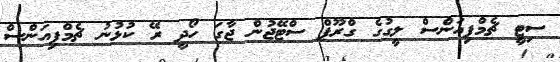
ސިޓީ ޗެމްޕިއަންސް ލީގުގެ ގްރޫޕް ސްޓޭޖުން ޖާގަ ހޯދީ ރޭ ކުޅުނު ޗެމްޕިއަންސް